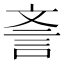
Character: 𣁎